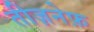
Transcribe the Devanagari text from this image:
तीज़नेफ़